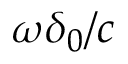
\omega \delta _ { 0 } / c